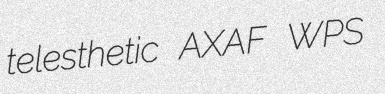
telesthetic AXAF WPS